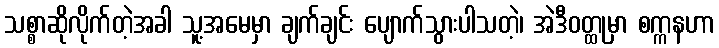
သစ္စာဆိုလိုက်တဲ့အခါ သူ့အမေမှာ ချက်ချင်း ပျောက်သွားပါသတဲ့၊ အဲဒီဝတ္ထုမှာ စက္ကနဟာ